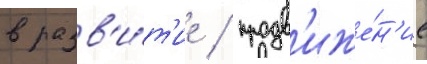
в разв'и́т'ие / продв'иже́н'ие